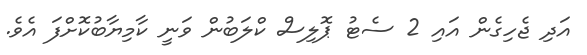
އަދި ޖެހިގެން އައި 2 ސެޓު ޕޮލިސް ކްލަބުން ވަނީ ކާމިޔާބުކޮށްފަ އެވެ.